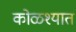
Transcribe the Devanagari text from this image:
कोळश्यात